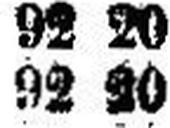
92 20